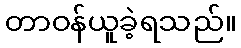
တာဝန်ယူခဲ့ရသည်။